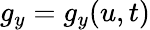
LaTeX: g_{y}=g_{y}(u,t)